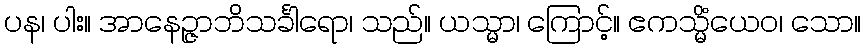
ပန၊ ပါး။ အာနေဉ္ဇာဘိသင်္ခါရော၊ သည်။ ယသ္မာ၊ ကြောင့်။ ဧကသ္မိံယေဝ၊ သော။